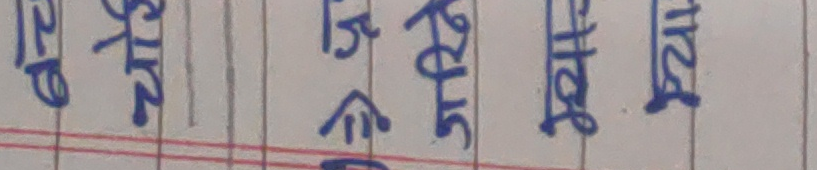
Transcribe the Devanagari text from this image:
वे काः च्रुः तेजः माः